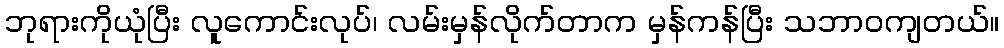
ဘုရားကိုယုံပြီး လူကောင်းလုပ်၊ လမ်းမှန်လိုက်တာက မှန်ကန်ပြီး သဘာဝကျတယ်။